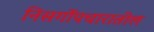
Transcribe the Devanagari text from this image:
निसर्गोपचारातील